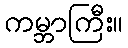
ကမ္ဘာကြီး။